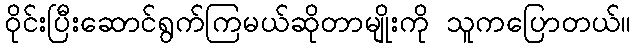
ဝိုင်းပြီးဆောင်ရွက်ကြမယ်ဆိုတာမျိုးကို သူကပြောတယ်။